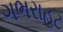
ગભરાહટ